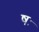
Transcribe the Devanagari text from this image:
षः